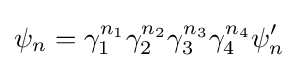
\psi _{n}=\gamma _{1}^{n_{1}}\gamma _{2}^{n_{2}}\gamma _{3}^{n_{3}}\gamma _{4}^{n_{4}}\psi '_{n}